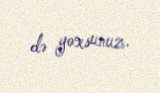
də yoxsunuz.